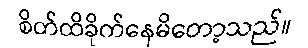
စိတ်ထိခိုက်နေမိတော့သည်။